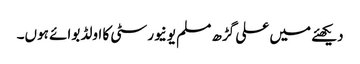
دیکھئے میں علی گڑھ مسلم یونیورسٹی کا اولڈ بوائے ہوں۔